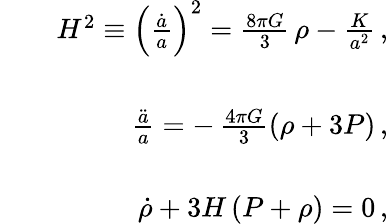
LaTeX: \begin{array}{rlr}&{}&{H^{2}\equiv\left(\frac{\dot{a}}{a}\right)^{2}=\frac{8\pi G}{3}\, \rho-\frac{K}{a^{2}}\, ,}\\ &{}&\\ &{}&{\frac{\ddot{a}}{a}=-\, \frac{4\pi G}{3}\left(\rho+3P\right)\, ,}\\ &{}&\\ &{}&{\dot{\rho}+3H\left(P+\rho\right)=0\, ,}\end{array}